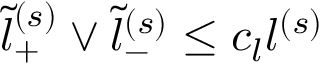
\tilde { l } _ { + } ^ { ( s ) } \vee \tilde { l } _ { - } ^ { ( s ) } \le c _ { l } l ^ { ( s ) }